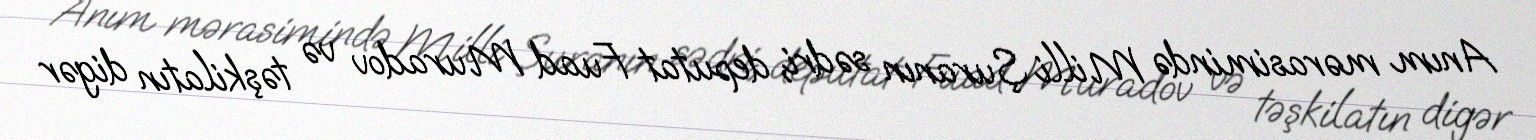
Anım mərasimində Milli Şuranın sədri, deputat Fuad Muradov və təşkilatın digər